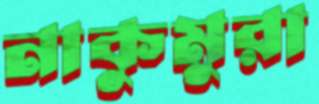
নাকুমুরা